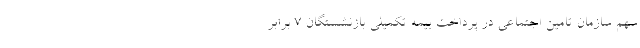
سهم سازمان تامین اجتماعی در پرداخت بیمه تکمیلی بازنشستگان ۷ برابر